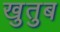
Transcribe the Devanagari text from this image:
खुतुब